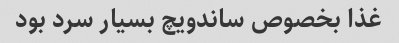
غذا بخصوص ساندویچ بسیار سرد بود